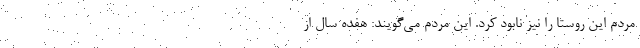
مردم این روستا را نیز نابود کرد. این‌ مردم می‌گویند: هفده سال از